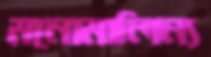
মনোমালিন্য